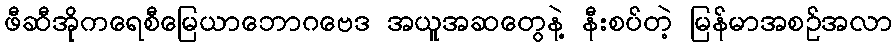
ဖီဆီအိုကရေစီမြေယာဘောဂဗေဒ အယူအဆတွေနဲ့ နီးစပ်တဲ့ မြန်မာအစဉ်အလာ